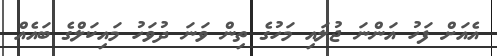
އެއަށް ފަހު އަންނަ ޖުލައި މަހުގެ ތިން ވަނަ ދުވަހު މައިކަލްގެ ބައެއް